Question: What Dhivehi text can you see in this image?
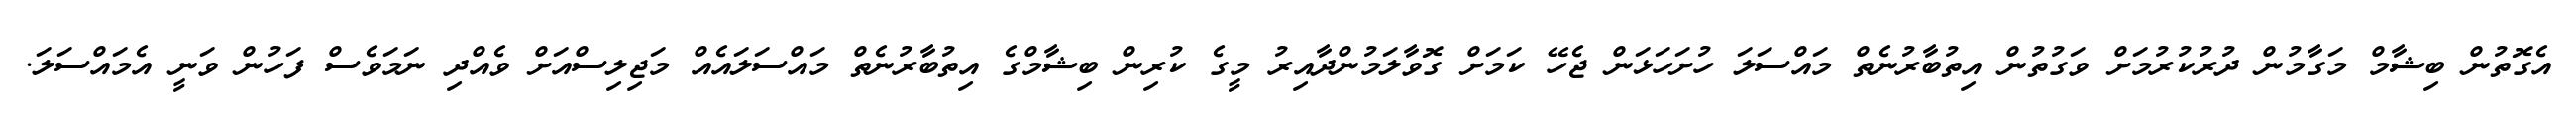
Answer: އެގޮތުން ބިޝާމް މަގާމުން ދުރުކުރުމަށް ވަގުތުން އިތުބާރުނެތް މައްސަލަ ހުށަހަޅަން ޖެހޭ ކަމަށް ގޮވާލަމުންދާއިރު މީގެ ކުރިން ބިޝާމްގެ އިތުބާރުނެތް މައްސަލައެއް މަޖިލިސްއަށް ވެއްދި ނަމަވެސް ފަހުން ވަނީ އެމައްސަލަ.